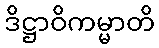
ဒိဋ္ဌာဝိကမ္မာတိ